Indian Medical Review
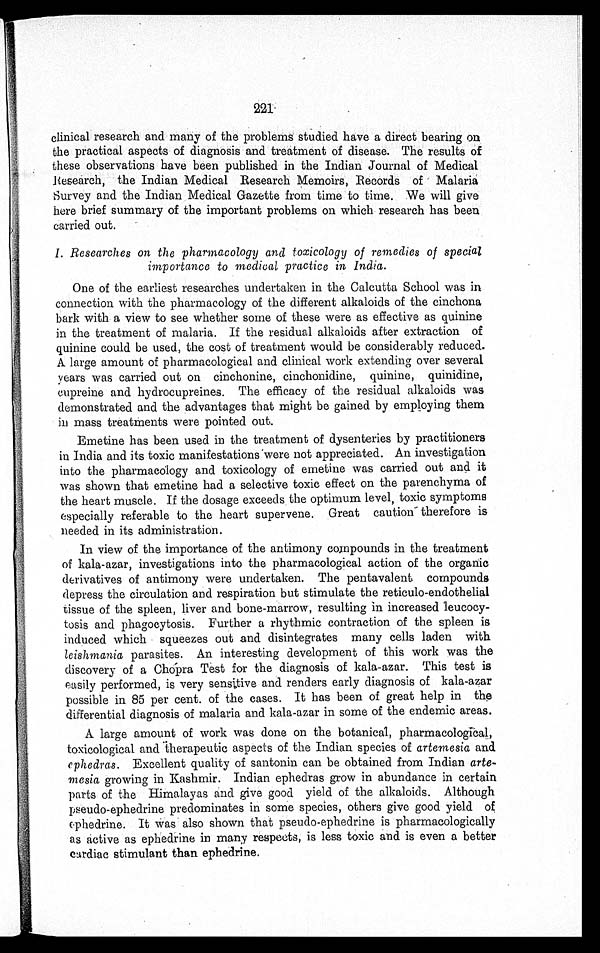
221
clinical research and many of the problems studied have a direct bearing on
the practical aspects of diagnosis and treatment of disease. The results of
these observations have been published in the Indian Journal of Medical
Research, the Indian Medical Research Memoirs, Records of Malaria
Survey and the Indian Medical Gazette from time to time. We will give
here brief summary of the important problems on which research has been
carried out.
I. Researches on the pharmacology and toxicology of remedies of special
importance to medical practice in India.
One of the earliest researches undertaken in the Calcutta School was in
connection with the pharmacology of the different alkaloids of the cinchona
bark with a view to see whether some of these were as effective as quinine
in the treatment of malaria. If the residual alkaloids after extraction of
quinine could be used, the cost of treatment would be considerably reduced.
A large amount of pharmacological and clinical work extending over several
years was carried out on cinchonine, cinchonidine, quinine, quinidine,
cupreine and hydrocupreines. The efficacy of the residual alkaloids was
demonstrated and the advantages that might be gained by employing them
in mass treatments were pointed out.
Emetine has been used in the treatment of dysenteries by practitioners
in India and its toxic manifestations 'were not appreciated. An investigation
into the pharmacology and toxicology of emetine was carried out and it
was shown that emetine had a selective toxic effect on the parenchyma of
the heart muscle. If the dosage exceeds the optimum level, toxic symptoms
especially referable to the heart supervene. Great caution - therefore is
needed in its administration.
In view of the importance of the antimony compounds in the treatment
of kala-azar, investigations into the pharmacological action of the organic
derivatives of antimony were undertaken. The pentavalent compounds
depress the circulation and respiration but stimulate the reticulo-endothelial
tissue of the spleen, liver and bone-marrow, resulting in increased leucocy-
tosis and phagocytosis. Further a rhythmic contraction of the spleen is
induced which squeezes out and disintegrates many cells laden with
leishmania parasites. An interesting development of this work was the
discovery of a Chopra Test for the diagnosis of kala-azar. This test is
easily performed, is very sensitive and renders early diagnosis of kala-azar
possible in 85 per cent. of the cases. It has been of great help in the
differential diagnosis of malaria and kala-azar in some of the endemic areas.
A large amount of work was done on the botanical, pharmacological,
toxicological and therapeutic aspects of the Indian species of artemesia and
ephedras. Excellent quality of santonin can be obtained from Indian arte-
mesia growing in Kashmir. Indian ephedras grow in abundance in certain
parts of the Himalayas and give good yield of the alkaloids. Although
pseudo-ephedrine predominates in some species, others give good yield of
ephedrine. It Was also shown that pseudo-ephedrine is pharmacologically
as active as ephedrine in many respects, is less toxic and is even a better
cardiac stimulant than ephedrine.